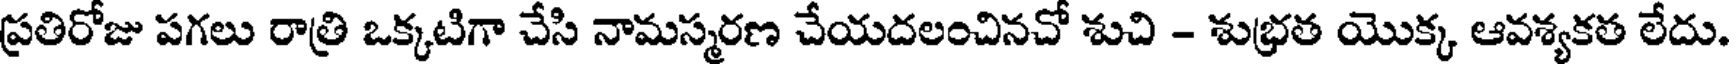
ప్రతిరోజు పగలు రాత్రి ఒక్కటిగా చేసి నామస్మరణ చేయదలంచినచో శుచి - శుభ్రత యొక్క ఆవశ్యకత లేదు.